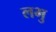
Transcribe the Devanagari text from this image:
लभु